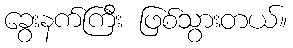
ခွေးနက်ကြီး ဖြစ်သွားတယ်။